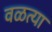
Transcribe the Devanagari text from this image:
वळत्या